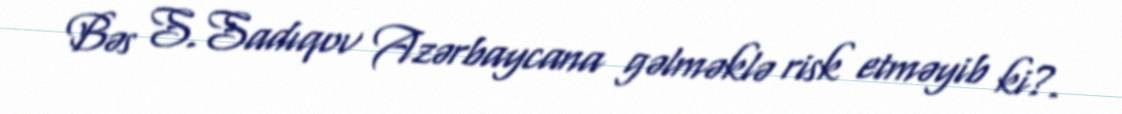
Bəs S.Sadıqov Azərbaycana gəlməklə risk etməyib ki?.